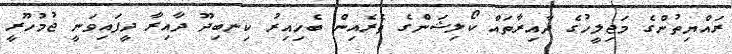
ރައްޔިތުންގެ މަޖިލީހުގެ ދާއިރާތައް ކޯލިޝަންގެ ތެރެއިން ބެހިއިރު ކިނބިދޫ ދާއިރާ ދީފައިވަނީ ޖުމުހޫރީ